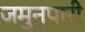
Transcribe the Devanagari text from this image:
जमुनपारी